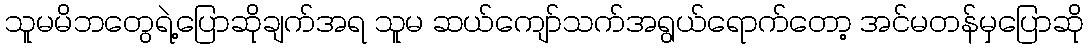
သူမမိဘတွေရဲ့ပြောဆိုချက်အရ သူမ ဆယ်ကျော်သက်အရွယ်ရောက်တော့ အင်မတန်မှပြောဆို